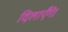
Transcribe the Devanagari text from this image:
दिलाएँगे।